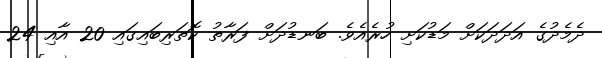
ދެމެދުގެ އަދަދަކަށް މަޑުކަށި ހުރެއެވެ. ބަނޑުދަށް ފަރާތު ކޮތަރިބައިގައި 20 އާއި 24